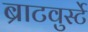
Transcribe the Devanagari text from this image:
ब्राटवुर्स्टे